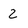
Character: 2